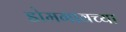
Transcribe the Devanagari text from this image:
डोमगावच्या